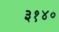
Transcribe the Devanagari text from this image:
३१४०